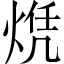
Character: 𬊠